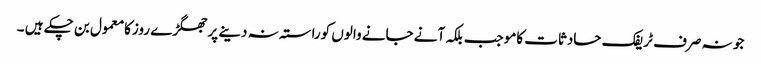
جو نہ صرف ٹریفک حادثات کاموجب بلکہ آنے جانے والوں کوراستہ نہ دینے پرجھگڑے روزکامعمول بن چکے ہیں ۔